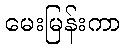
မေးမြန်းကာ